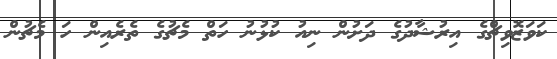
ކަވަޒޮވިޗްގެ އިރުޝާދުގެ ދަށުން ނިއު ކުޅުނު ހަތް މެޗުގެ ތެރެއިން ހަ މެޗުން